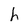
Character: h